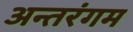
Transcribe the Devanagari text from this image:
अन्तरंगम